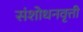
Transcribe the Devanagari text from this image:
संशोधनवृत्ती